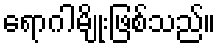
ရောဂါမျိုးဖြစ်သည်။